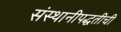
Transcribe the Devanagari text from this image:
संस्थानीपद्धतीची